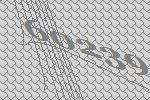
60239